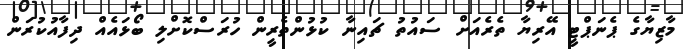
މާޒިޔާގެ ޕެނަޕްޓީ އޭރިޔާ ތެރެއަށް ސައުތު ޗައިނާ ކުޅުންތެރީން ހުރަސްކޮށްލި ބޯޅައެއް ދިފާއުކުރަން